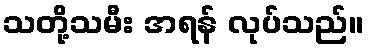
သတို့သမီး အရန် လုပ်သည်။